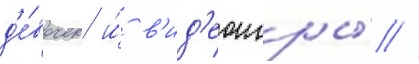
д'е́вочек и́ в'ид'еоигры́ //